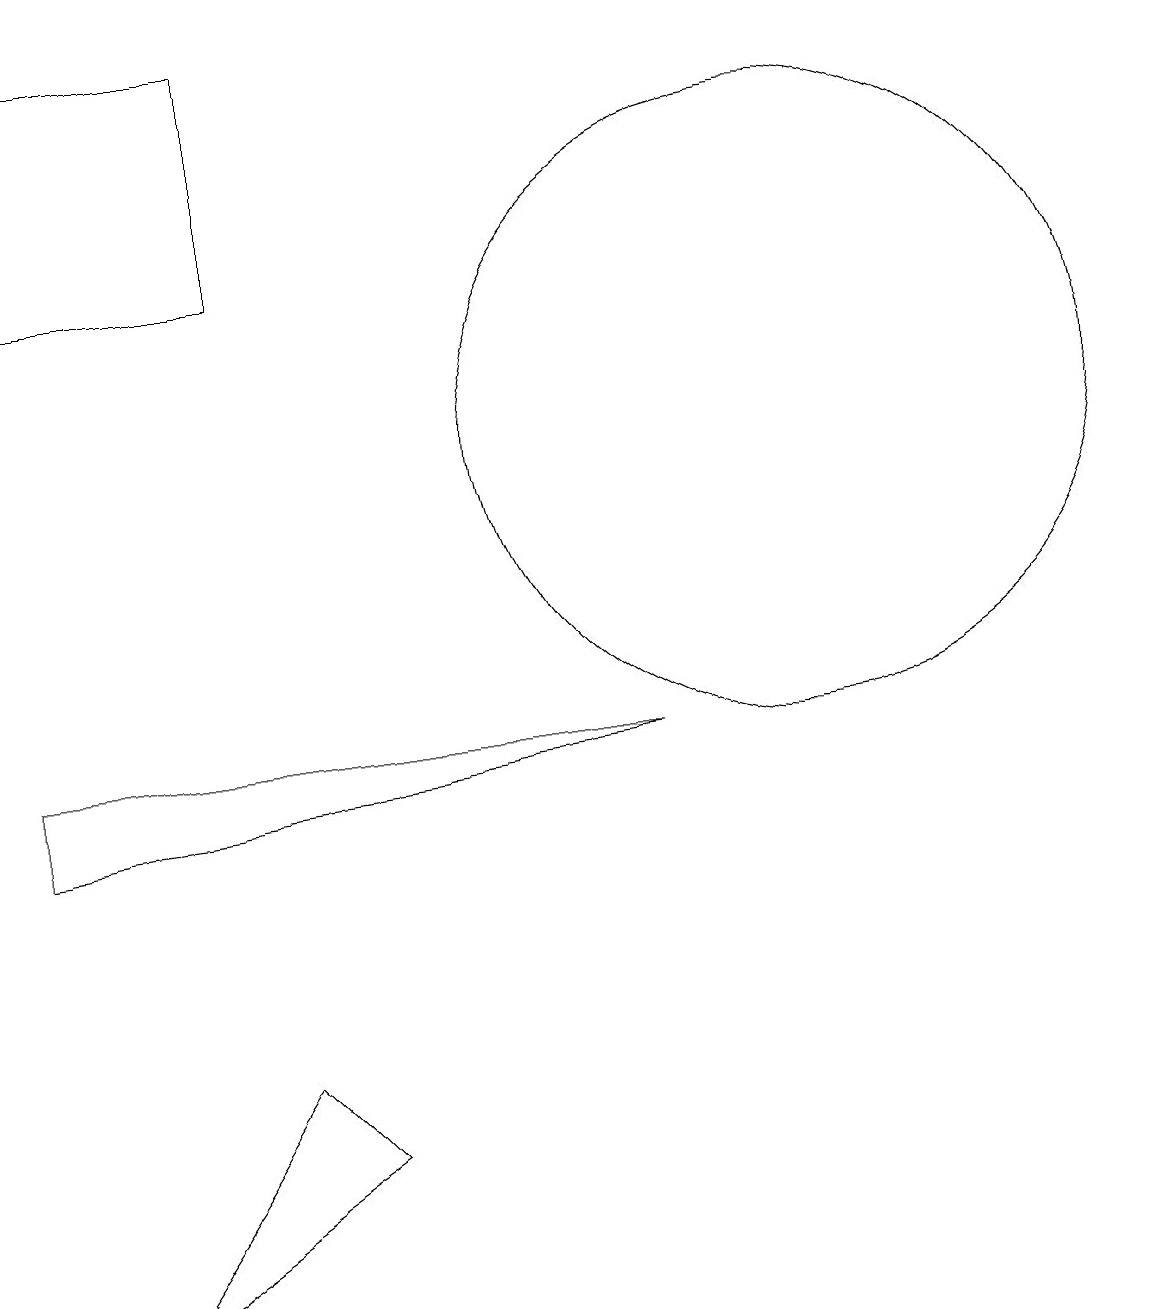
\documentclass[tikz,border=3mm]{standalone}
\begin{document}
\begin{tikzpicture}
\draw (10,12) circle (4);
\draw (8,15) rectangle (8,15);
\draw (4,3) -- (3,4) -- (1,1) -- cycle;
\draw (0,17) rectangle (3,14);
\draw (12,11) circle (0);
\draw (0,8) -- (0,7) -- (8,8) -- cycle;
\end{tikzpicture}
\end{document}